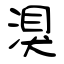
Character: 湨